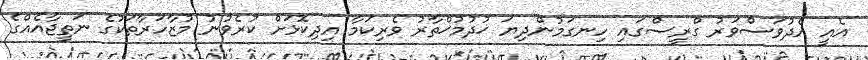
އެއީ އެދުވަސްވަރު ގްރީސްގައި ހިނގަމުންދިޔަ ޚުދުމުޚްތާރު ވެރިކަމާ އިދިކޮޅަށް ކުރެވުނު މުޒާހަރާތަކުގެ ނަތީޖާއެއްގެ